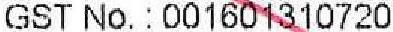
GST NO.:001601310720